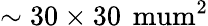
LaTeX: \sim 30\times 30\, \mathrm{\ mum^{2}}